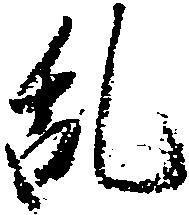
乱